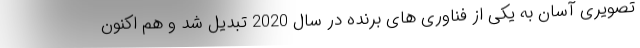
تصویری آسان به یکی از فناوری های برنده در سال 2020 تبدیل شد و هم اکنون